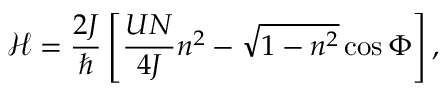
\mathcal { H } = \frac { 2 J } { \hbar } \left[ \frac { U N } { 4 J } n ^ { 2 } - \sqrt { 1 - n ^ { 2 } } \cos { \Phi } \right] ,